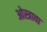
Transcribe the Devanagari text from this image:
ओस्त्रावा